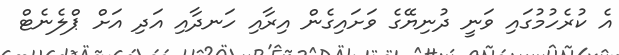
އެ ކުރެހުމުގައި ވަނީ ދުނިޔޭގެ ވަށައިގެން އިރާއި ހަނދާއި އަދި އަށް ޕްލެނެޓް